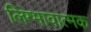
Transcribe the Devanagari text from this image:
लिंग्भावात्मक